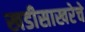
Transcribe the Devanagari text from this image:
खडीसाखरेचे